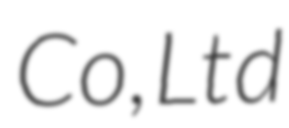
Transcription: Co, Ltd